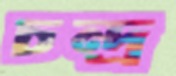
চন্দ্র